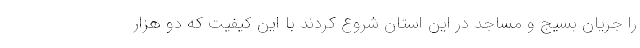
را جریان بسیج و مساجد در این استان شروع کردند با این کیفیت که دو هزار